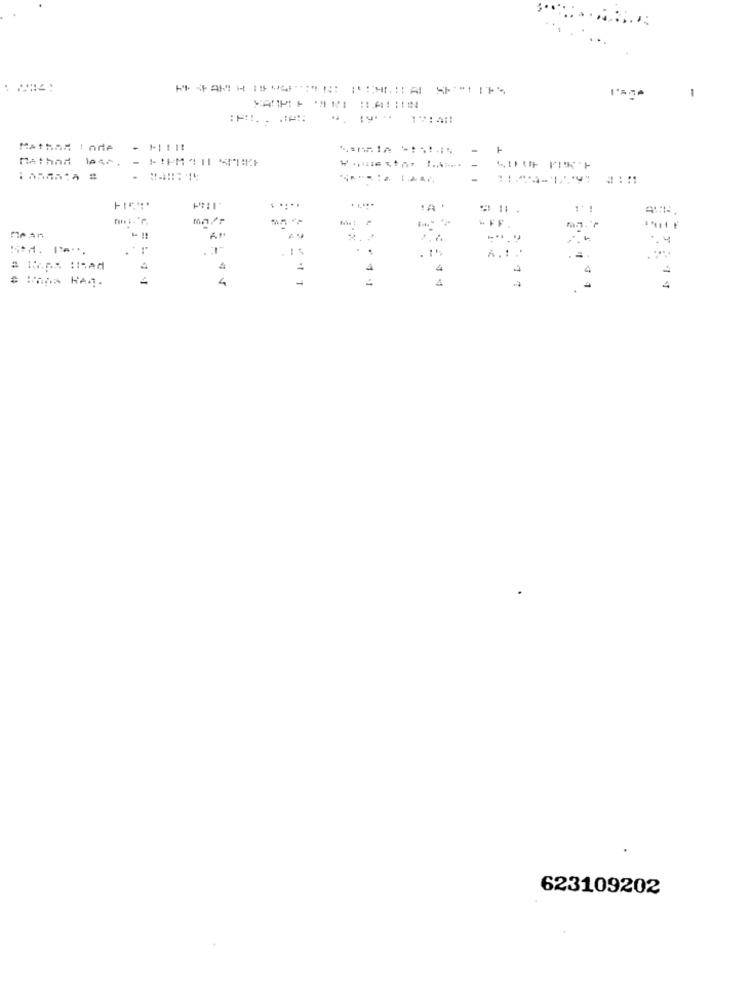
MATHAR IOde
..:*
.A
1
ne An
.
.
..
4
4
4
623109202